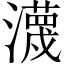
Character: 瀎